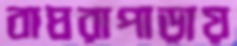
বাঘরাপাড়ায়